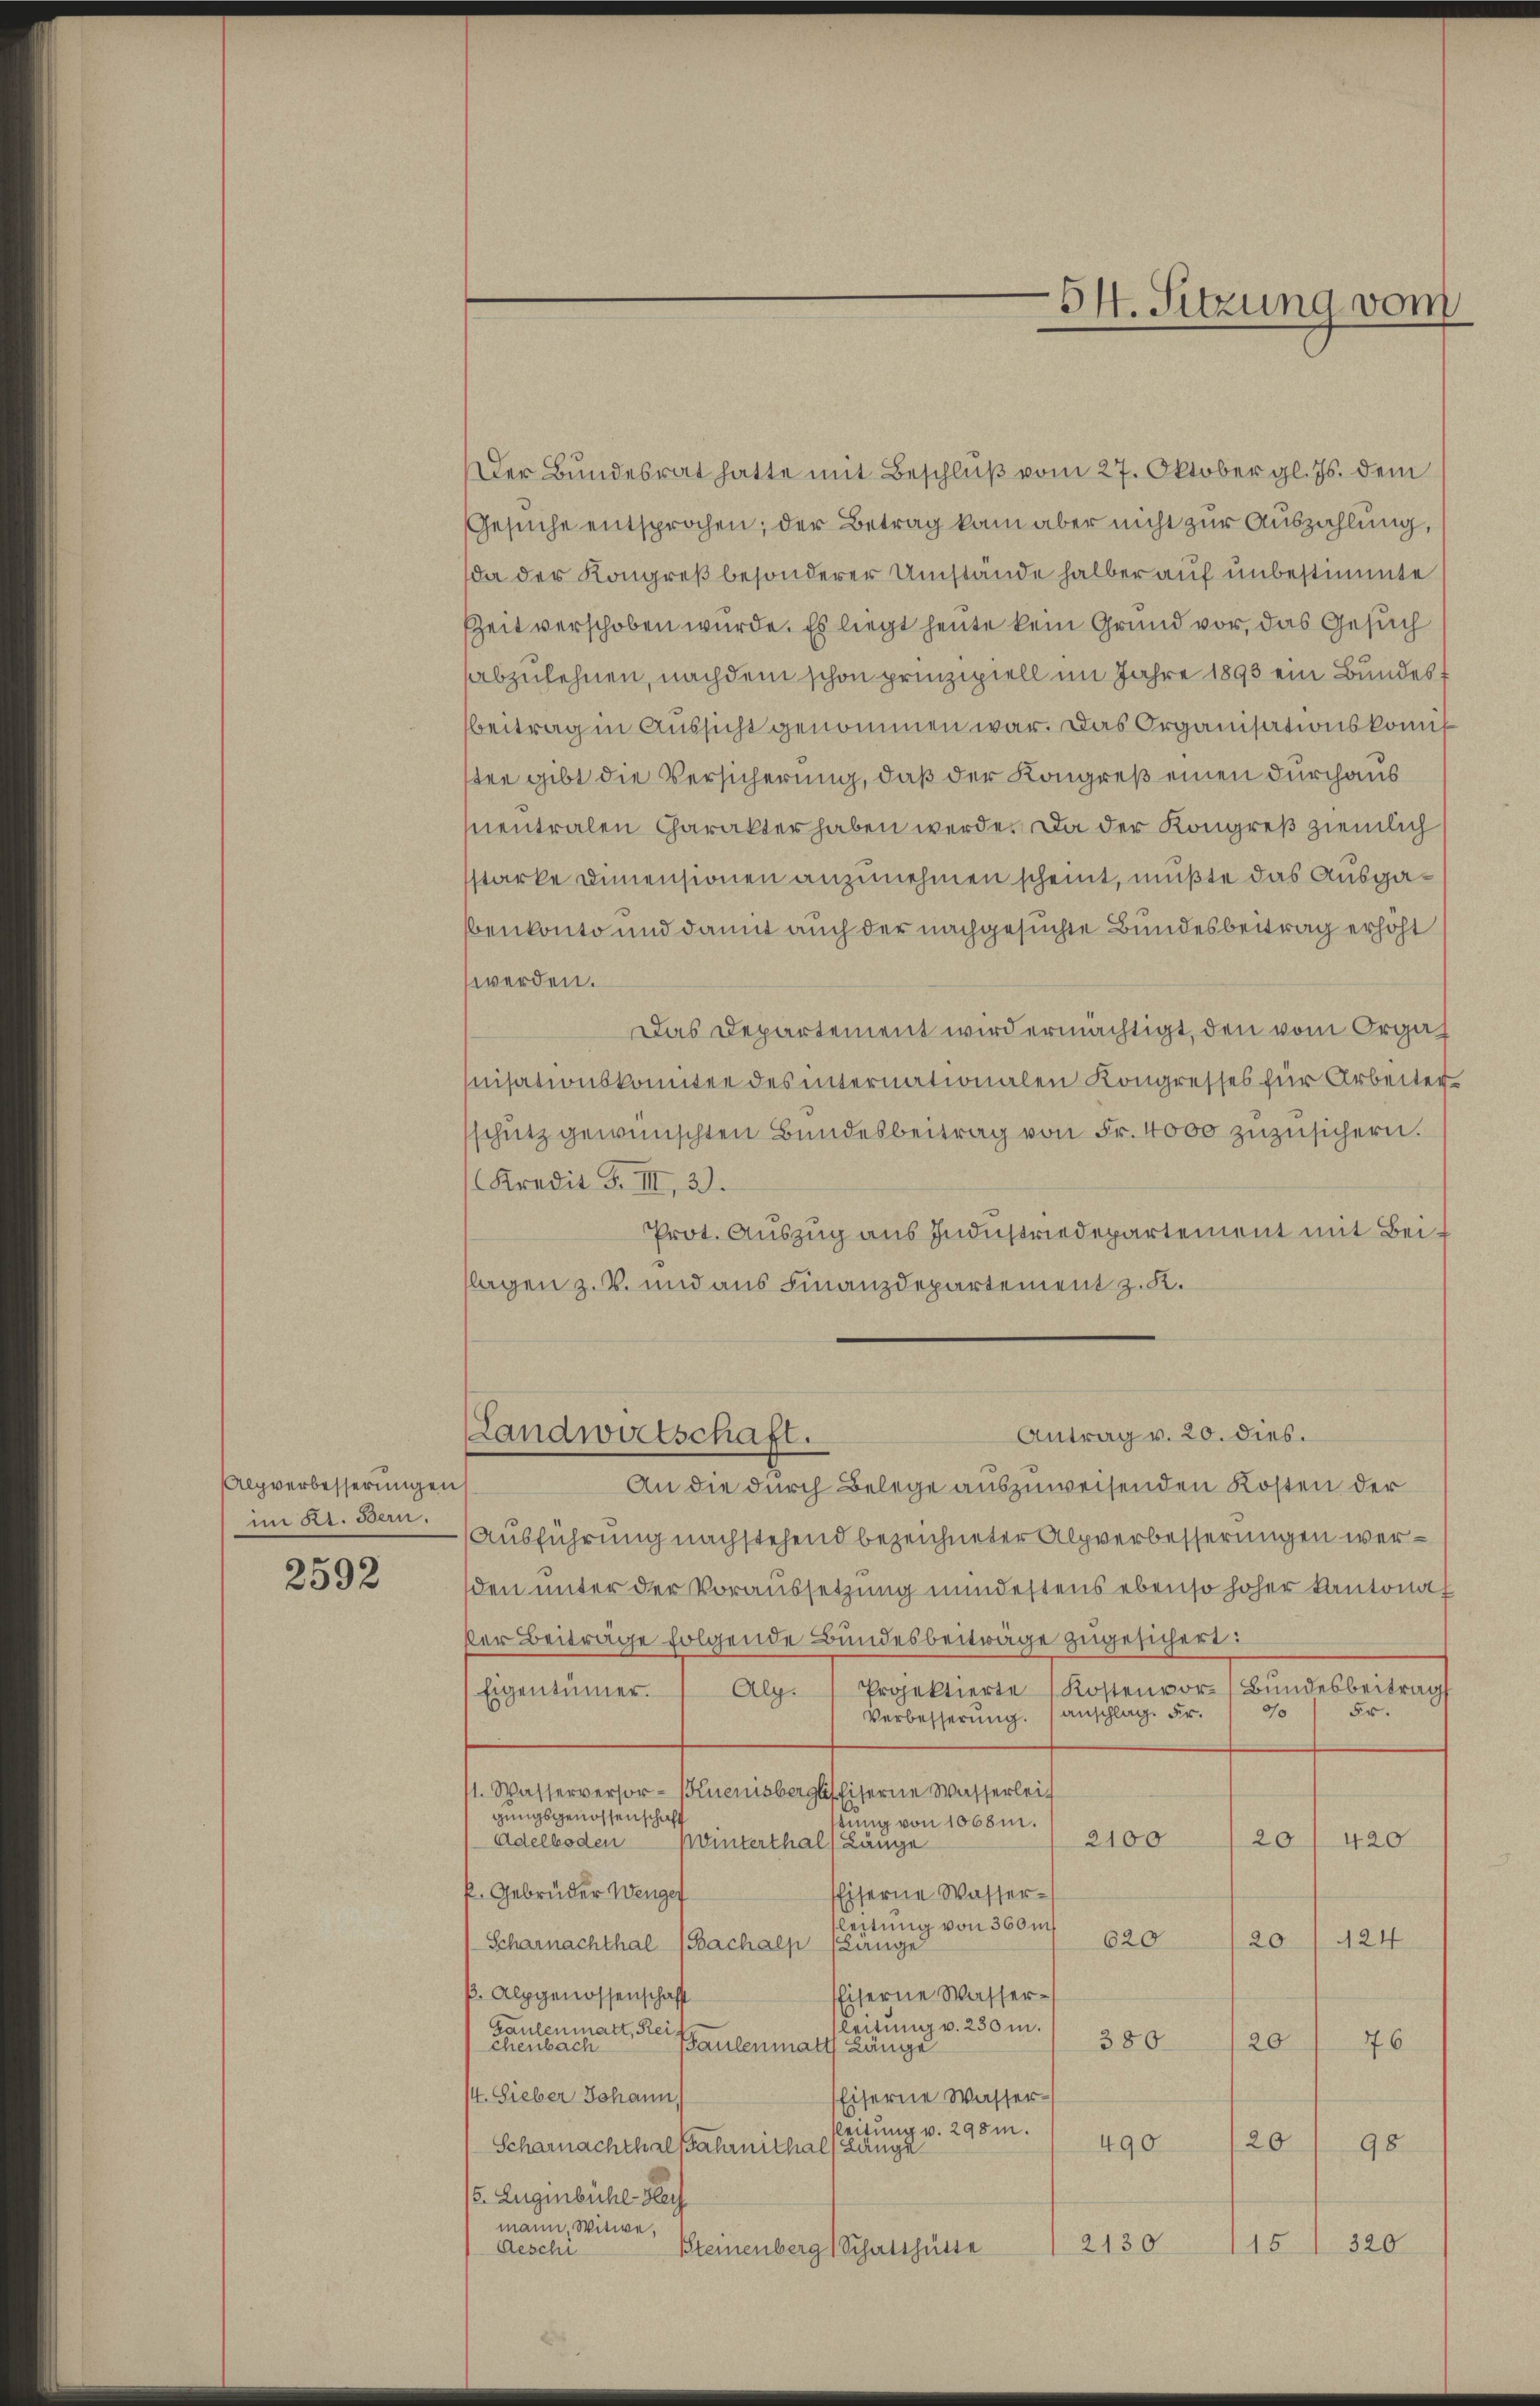
Alpverbesserungen
im Kt. Bern.

2592

Der Bundesrat hatte mit Beschlŭβ vom 27. Oktober gl. Js. dem
Gesuche entsprochen; der Betrag kam aber nicht zur Auszahlung,
da der Kongreß besonderer Umstände halber auf unbestimmte
Zeit verschoben würde. Es liegt heute kein Grund vor, das Gesuch
abzulehnen, nachdem schon prinzipiell im Jahre 1898 ein Bundest
Beitrag in Aussicht genommen war. Das Organisationskomis
ten gibt die Versicherung, daß der Kongreß einen durchaus
snentralen Charakter haben werde. Da der Kongreß ziemlich
starke Dimensionen anzunehmen scheint, mußte das Ausgabenkonto und damit auch der nachgesuchte Bundesbeitrag erhöht
werden.
Das Departement wird ermächtigt, den vom Orga
nisationskomitee des internationalen Kongresses für Arbeiten
schutz gewünschten Bundesbeitrag von Fr. 4000 zuzusichern.
Kredit F. III, 3.
Prot. Auszug aus Industriedepartement mit Beiflagen z. B. und aus Finanzdepartement z. K.
Antrag v. 20. dies.
Landwirtschaft.
An die durch Belege auszuweisenden Kosten der
Ausführung nachstehend bezeichneter Alpverbesserungen werden unter der Voraussetzung mindestens ebenso hoher Kantonal
ser Beitrage folgende Bundesbeitrage zugesichert:
Projektierte Kostenvor-Bundesbeitrag
Alg.
Eigentümer.
5r.
0/0
Verbesserung. (anschlag. Fr.
11. Wasserversor-Kuenisberglischiferne Wasserleit
gungsgenossenschaf
stung von 1068m.
2100
20
Adelboden
420
puunterthal, Länge
P. Gebrüder Wenger
Eiserne Wasser-
leitung von 360 m
620
20
124
Scharnachthal (Bachalp (Lange
ß. Alpgenossenschaft
Eiserne Wasserleitung v. 250 m.
Gaulenmatt, Rei
380
2076
Chenbach
Saulenmatth Länge
4. Sieber Johann,
Eiserne Wasser-
eitung v. 298m.
20
490
98
Scharnachthal fahrnithal, Länge
5. Zugenbüche Rech
mann, Witwe,
2130
15 320
Aeschi
Steinenberg Schatzhütte

54. Sitzung vom